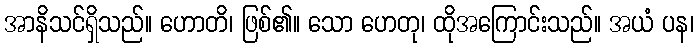
အာနိသင်ရှိသည်။ ဟောတိ၊ ဖြစ်၏။ သော ဟေတု၊ ထိုအကြောင်းသည်။ အယံ ပန၊